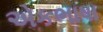
એકભાષા